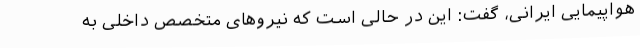
هواپیمایی ایرانی، گفت: این در حالی است که نیروهای متخصص داخلی به